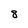
Character: 8